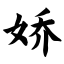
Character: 娇